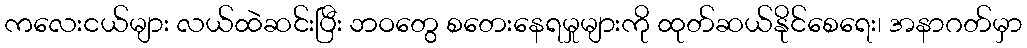
ကလေးငယ်များ လယ်ထဲဆင်းပြီး ဘဝတွေ စတေးနေရမှုများကို ထုတ်ဆယ်နိုင်စေရေး၊ အနာဂတ်မှာ